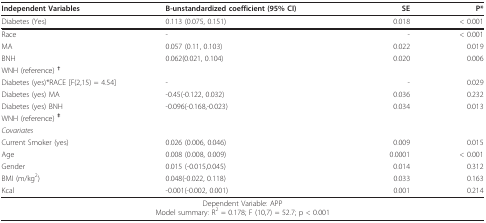
| Independent Variables | B-unstandardized coefficient (95% CI) | SE | P* |
 | --- | --- | --- | --- |
 | Diabetes (Yes) | 0.113 (0.075, 0.151) | 0.018 | < 0.001 |
 | Race | - | - | < 0.001 |
 | MA | 0.057 (0.11, 0.103) | 0.022 | 0.019 |
 | BNH | 0.062(0.021, 0.104) | 0.020 | 0.006 |
 | <COLSPAN=4> WNH (reference) † |
 | Diabetes (yes)*RACE [F(2,15) = 4.54] | - | - | 0.029 |
 | Diabetes (yes) MA | -0.45(-0.122, 0.032) | 0.036 | 0.232 |
 | Diabetes (yes) BNH | -0.096(-0.168,-0.023) | 0.034 | 0.013 |
 | <COLSPAN=4> WNH (reference) ‡ |
 | <COLSPAN=4> Covariates |
 | Current Smoker (yes) | 0.026 (0.006, 0.046) | 0.009 | 0.015 |
 | Age | 0.008 (0.008, 0.009) | 0.0001 | < 0.001 |
 | Gender | 0.015 (-0.015,0.045) | 0.014 | 0.312 |
 | BMI (m/kg2) | 0.048(-0.022, 0.118) | 0.033 | 0.163 |
 | Kcal | -0.001(-0.002, 0.001) | 0.001 | 0.214 |
 | <COLSPAN=4> Dependent Variable: APPModel summary: R2 = 0.178; F (10,7) = 52.7; p < 0.001 |